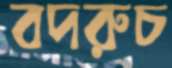
বদরুচ